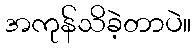
အကုန်သိခဲ့တာပဲ။